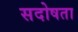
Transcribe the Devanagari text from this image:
सदोषता